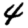
Digit: 4